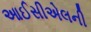
આઈસીએલની